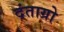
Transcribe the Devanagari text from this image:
दंताग्रो